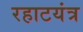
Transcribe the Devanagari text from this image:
रहाटयंत्र